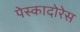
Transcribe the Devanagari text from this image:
पेस्कादोरेस